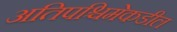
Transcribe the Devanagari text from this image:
अतिपश्चिमेकडील